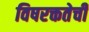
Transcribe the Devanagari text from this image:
विषरक्ततेची